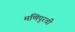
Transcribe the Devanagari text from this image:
मणिपुरची